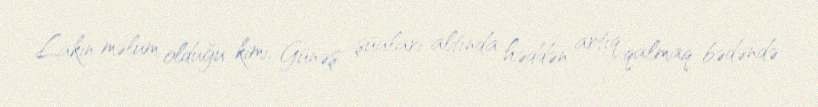
Lakin məlum olduğu kimi, Günəş şüaları altında həddən artıq qalmaq bədəndə